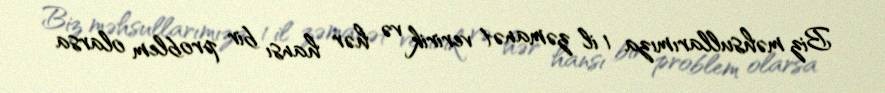
Biz məhsullarımıza 1 il zəmanət veririk və hər hansı bir problem olarsa